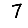
Digit: 7